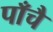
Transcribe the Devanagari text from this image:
पाँचै